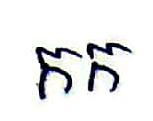
កក